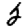
Digit: 2